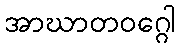
အာဃာတဝဂ္ဂေါ